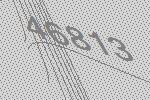
46813